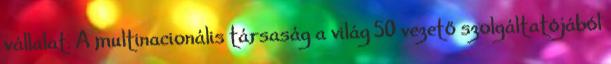
vállalat. A multinacionális társaság a világ 50 vezető szolgáltatójából